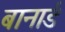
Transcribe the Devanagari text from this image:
बानार्ड